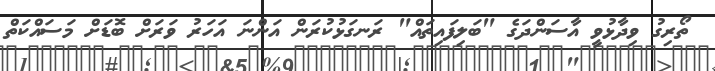
ތޯރިގު ވިދާޅުވީ އާސަންދަގެ "ބަލިފައިތައް" ރަނގަޅުކުރަން އަންނަ އަހަރު ވަރަށް ބޮޑަށް މަސައްކަތް